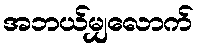
အဘယ်မျှလောက်